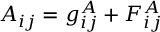
{ \cal A } _ { i j } = g _ { i j } ^ { A } + { \cal F } _ { i j } ^ { A }